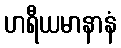
ဟရီယမာနာနံ